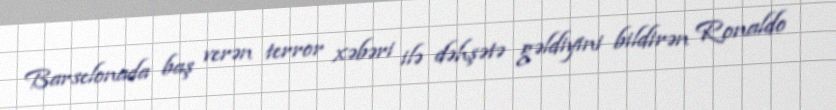
Barselonada baş verən terror xəbəri ilə dəhşətə gəldiyini bildirən Ronaldo